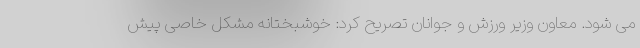
می شود. معاون وزیر ورزش و جوانان تصریح کرد: خوشبختانه مشکل خاصی پیش